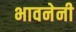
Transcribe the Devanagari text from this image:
भावनेनी